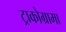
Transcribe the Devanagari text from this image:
ट्राकोग्रामा